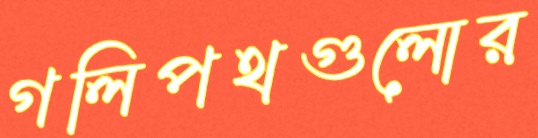
গলিপথগুলোর